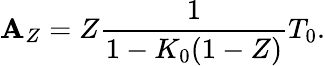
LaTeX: \mathbf{A}_{Z}=Z\frac{{1}}{{1-K_{0}(1-Z)}}T_{0}.